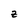
Character: Z